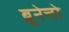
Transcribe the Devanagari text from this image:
ब्रूनेत्तो